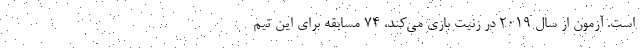
است. آزمون از سال ۲۰۱۹ در زنیت بازی می‌کند، ۷۴ مسابقه برای این تیم